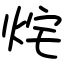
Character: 烢